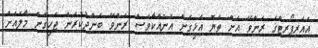
އެއަރޕޯރޓްގެ ރަންވޭ އަށް ތެޔޮ އެޅިގެން އަނެއްކާވެސް ރަންވޭ ބަންދުކުރަން ޖެހިގެން މާލެއަށް